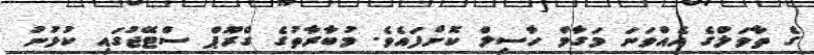
ގެ ތާވަލްގެ އެއްވަނަ މަގާމް ހާސިލް ކޮށްފައެވެ. މުބާރާތުގެ ގްރޫޕް ސްޓޭޖުގައި ކުޅުނު